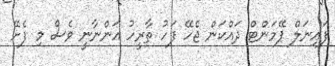
ފައިނަލް ޕޭމަންޓް ދައްކަން ޖެހޭ ފަހު ތާރީހު އަންނާނީ ވެސް މި ފެށޭ